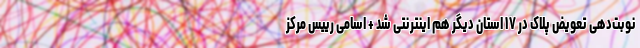
نوبت‌دهی تعویض پلاک در ۱۷ استان دیگر هم اینترنتی شد + اسامی رییس مرکز